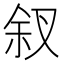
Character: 𪝃